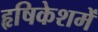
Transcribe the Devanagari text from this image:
हृषिकेशमें